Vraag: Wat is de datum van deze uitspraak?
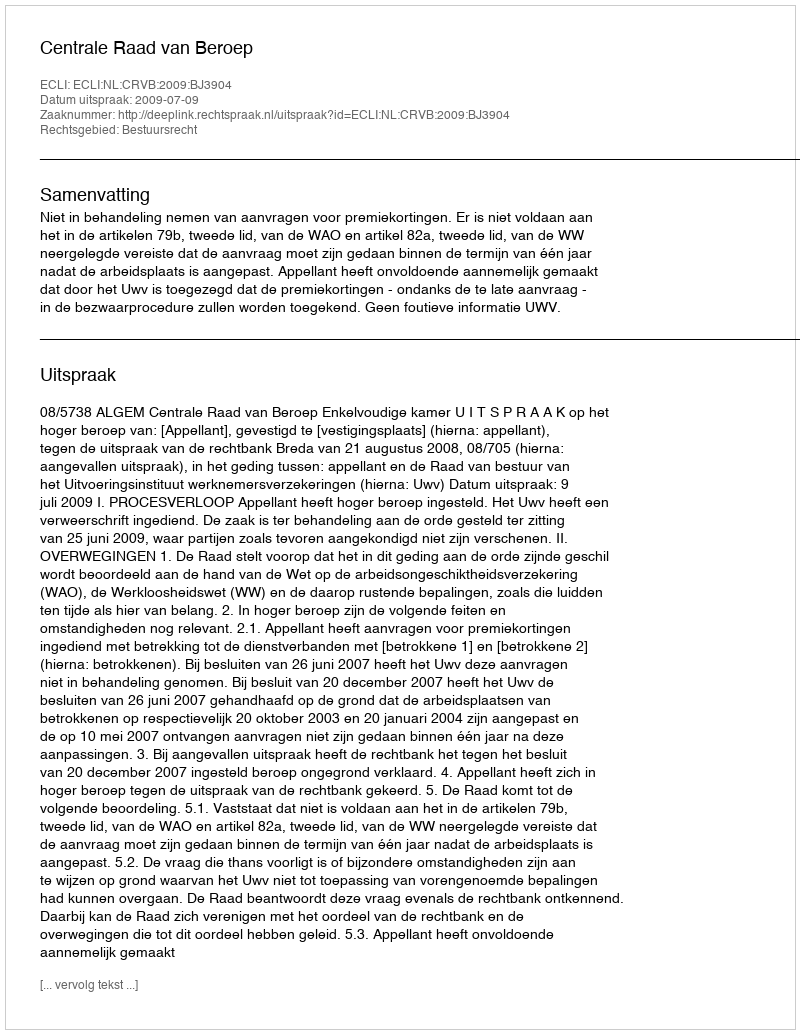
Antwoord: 2009-07-09